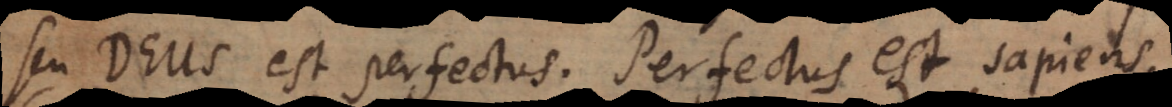
Seu Deus est perfectus. Perfectus est sapiens.